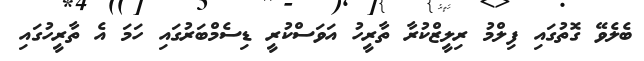
ބެލެވޭ ގޮތުގައި ފިލްމު ރިލީޒްކުރާ ތާރީހު އަވަސްކުރީ ޑިސެމްބަރުގައި ހަމަ އެ ތާރީހުގައި